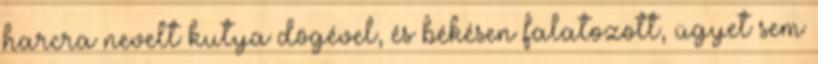
harcra nevelt kutya dögével, és békésen falatozott, ügyet sem